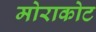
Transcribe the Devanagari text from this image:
मोराकोट